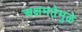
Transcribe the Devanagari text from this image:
अक्षमतेमुळे